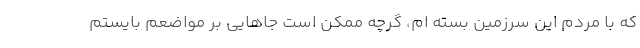
که با مردم این سرزمین بسته ام، گرچه ممکن است جاهایی بر مواضعم بایستم